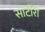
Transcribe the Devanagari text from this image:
सार्टोरी